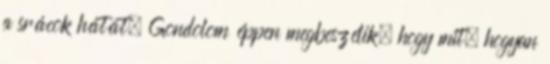
a srácok hátát. Gondolom éppen megbeszélik, hogy mit, hogyan